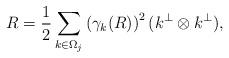
LaTeX: \begin{align*}R = \frac{1}{2} \sum_{k\in\Omega_j} \left(\gamma_k(R)\right)^2 (k^{\perp}\otimes k^{\perp}),\end{align*}